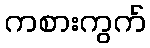
ကစားကွက်